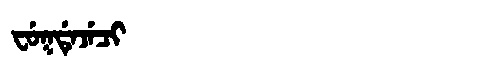
Manchu: ᠸᡠᡴᡩᡝᠵᡝᠴᡳ
Romanization: FUKDEJECI